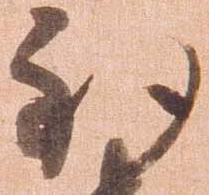
到